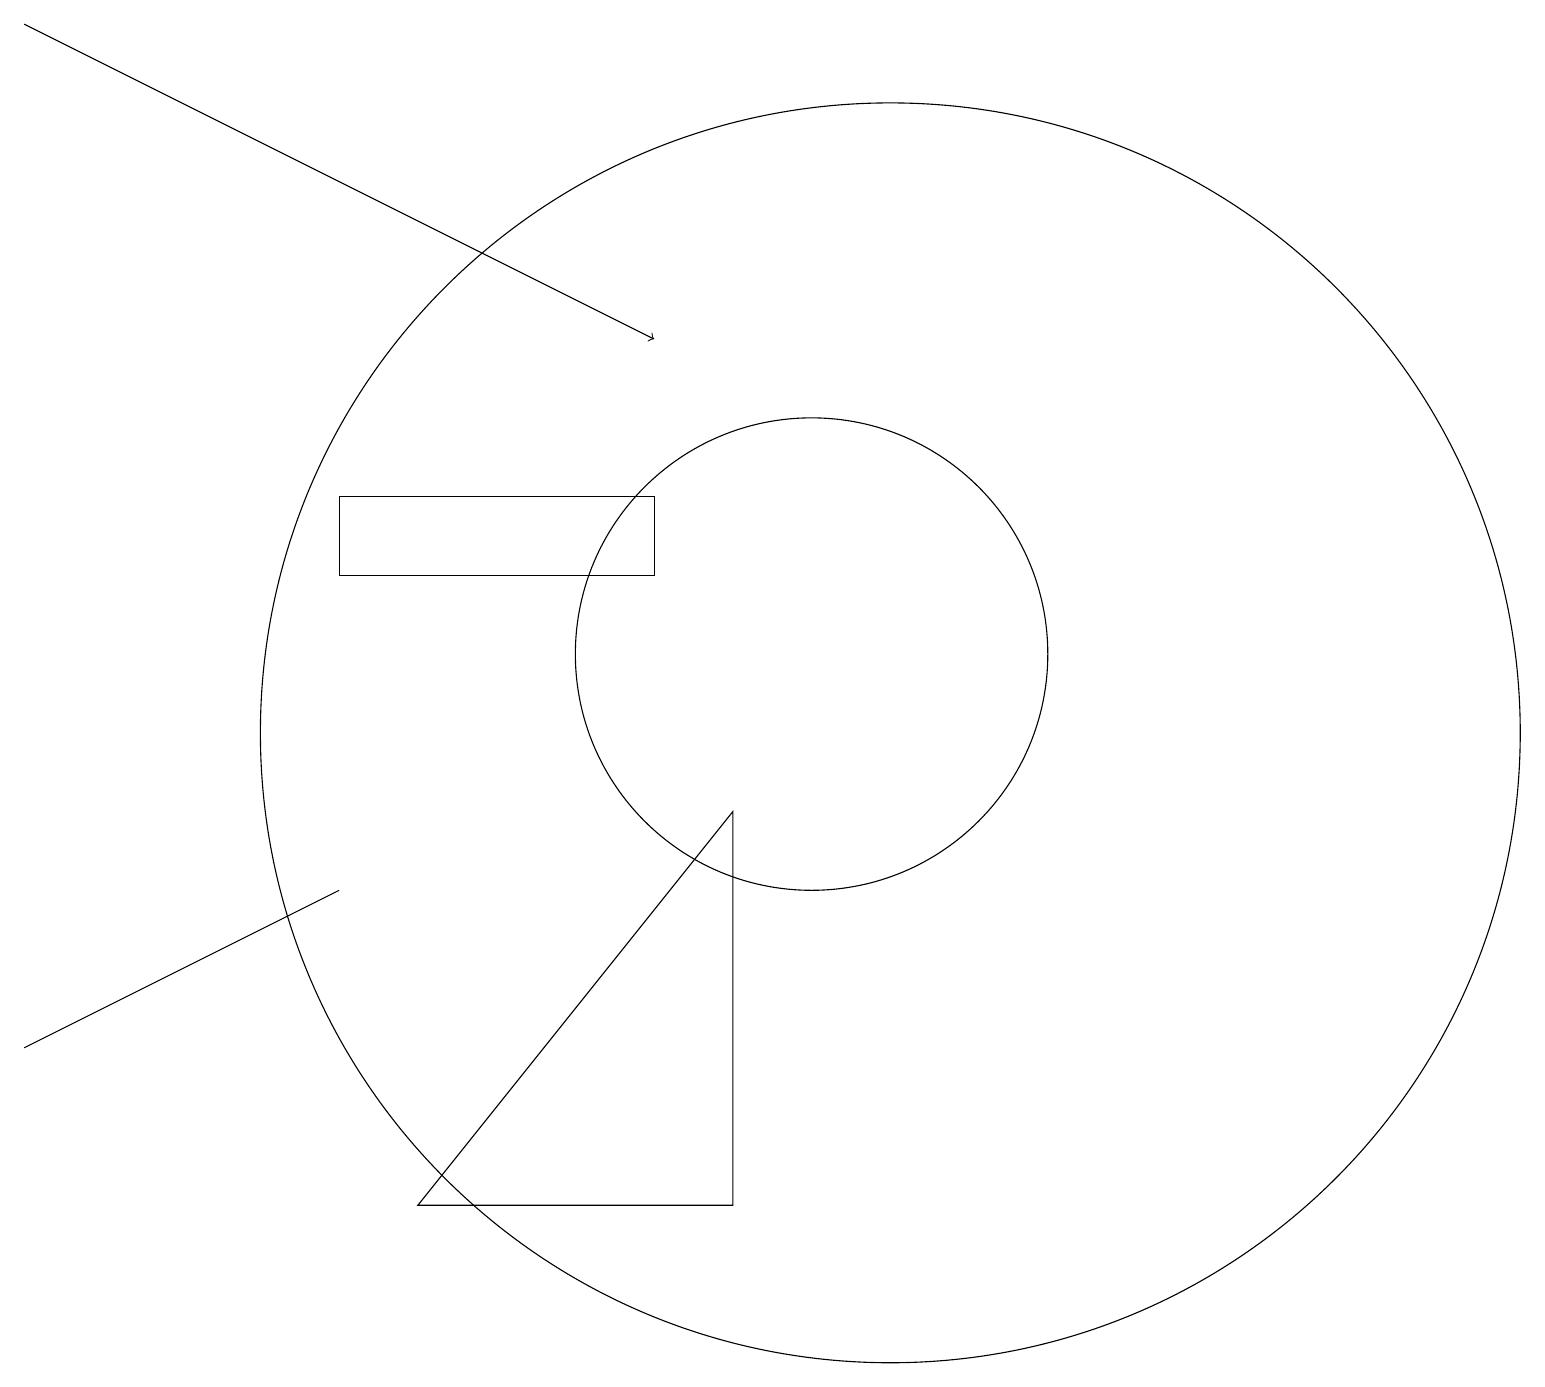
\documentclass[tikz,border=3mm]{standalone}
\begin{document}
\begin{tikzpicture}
\draw (8,13) rectangle (4,12);
\draw (4,8) -- (0,6) -- (2,7) -- cycle;
\draw (10,11) circle (3);
\draw[->] (0,19) -- (8,15);
\draw (5,4) -- (9,4) -- (9,9) -- cycle;
\draw (11,10) circle (8);
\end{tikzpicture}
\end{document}